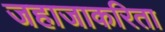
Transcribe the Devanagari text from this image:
जहाजाकरिता